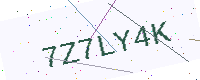
Text: 7Z7LY4K